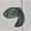
Text: 9